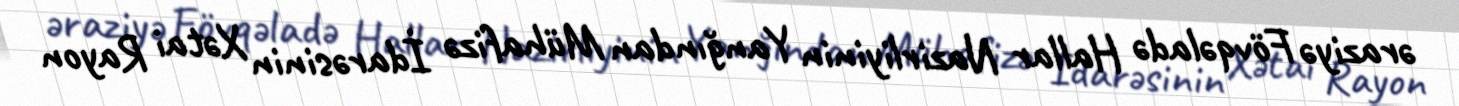
əraziyə Fövqəladə Hallar Nazirliyinin Yanğından Mühafizə İdarəsinin Xətai Rayon